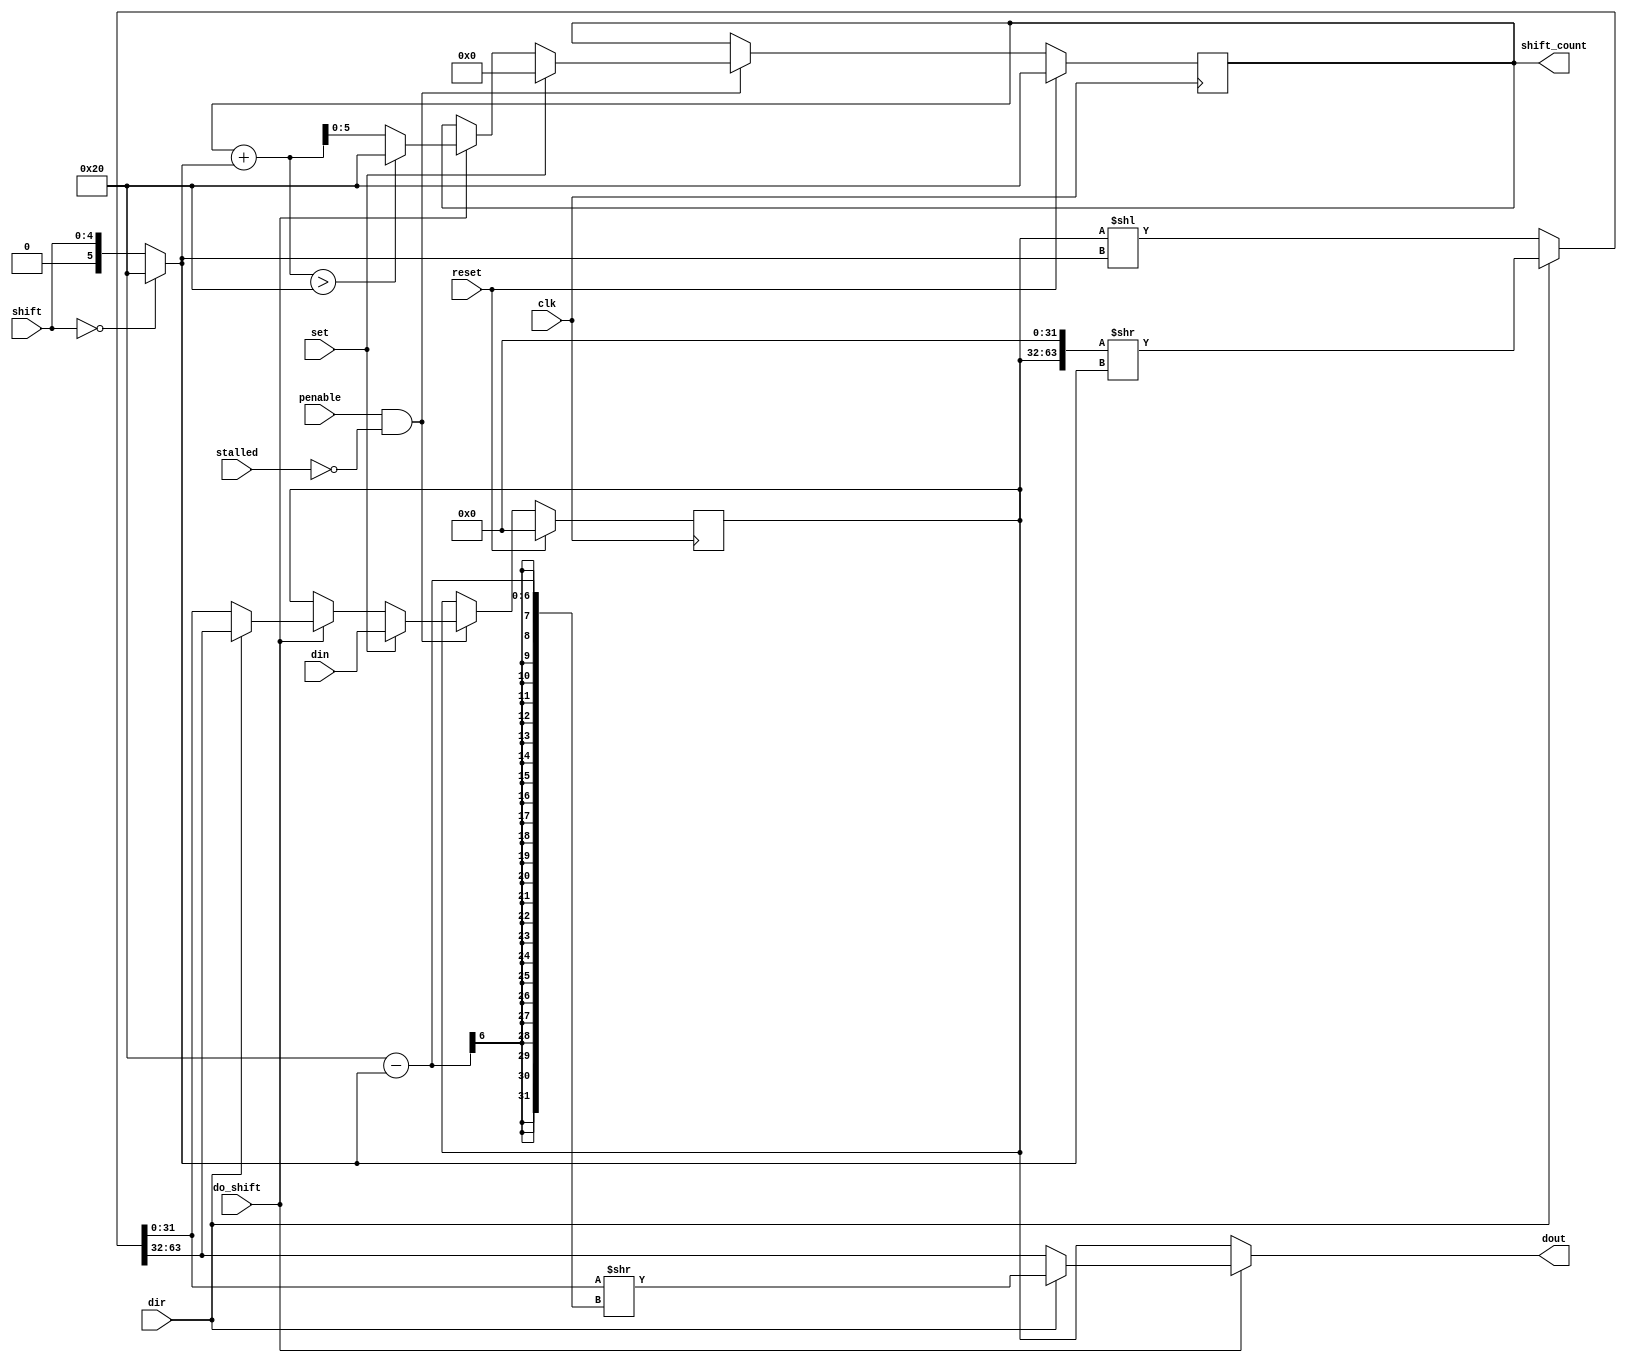
// SPDX-FileCopyrightText: 2022 Lawrie Griffiths
// SPDX-License-Identifier: BSD-2-Clause

`default_nettype none
module osr (
  input         clk,
  input         penable,
  input         reset,
  input         stalled,
  input [31:0]  din,
  input [4:0]   shift,
  input         dir,   // 0 - left, 1 - right
  input         set,
  input         do_shift,
  output [31:0] dout,
  output [5:0]  shift_count
);

  reg [31:0] shift_reg;
  reg [5:0]  count;

  // A shift value of 0 means shift 32
  wire [5:0] shift_val = shift == 0 ? 32 : shift;
  // Calculate the 64-bit value of the shift register after a shift
  wire [63:0] shift64 = dir ? {shift_reg, 32'b0} >> shift_val : {32'b0, shift_reg} << shift_val;
  // Calculate the right-aligned shifted out value
  wire [31:0] shift_out = dir ? (shift64[31:0] >> (32 - shift_val)) : shift64[63:32];
  // Calculate the new shift register value after a shift
  wire [31:0] new_shift = dir ? shift64[63:32] : shift64[31:0];

  always @(posedge clk) begin
    if (reset) begin
      shift_reg <= 0;
      count <= 32;  // Empty (read to trigger auto-pull)
    end else if (penable && !stalled) begin
       if (set) begin
         shift_reg <= din;
         count <= 0;
       end else if (do_shift) begin
         shift_reg <= new_shift;
         count <= count + shift_val > 32 ? 32 : count + shift_val;
       end
    end
  end

  // The output value is the amount shifted out if do_shift ia active otherwise the current shift register
  assign dout = do_shift ? shift_out : shift_reg;
  assign shift_count = count;

endmodule